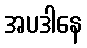
အပဒါနေ